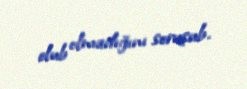
olub olmadığını soruşub.